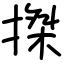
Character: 搩